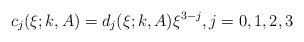
\begin{align*}c_j(\xi;k,A)=d_j(\xi;k,A)\xi^{3-j},j=0,1,2,3\end{align*}